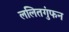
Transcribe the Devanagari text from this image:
ललितगुंफन